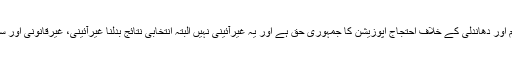
انہوں نے کہا کہ ظلم اور دھاندلی کے خلاف احتجاج اپوزیشن کا جمہوری حق ہے اور یہ غیرآئینی نہیں البتہ انتخابی نتائج بدلنا غیرآئینی، غیرقانونی اور سنگین ترین جرم ہے۔